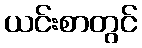
ယင်းစာတွင်